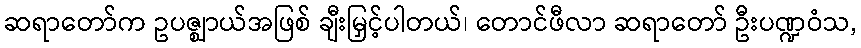
ဆရာတော်က ဥပဇ္ဈာယ်အဖြစ် ချီးမြှင့်ပါတယ်၊ တောင်ဖီလာ ဆရာတော် ဦးပဏ္ဍဝံသ,